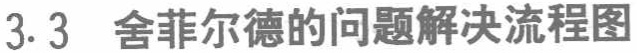
3.3 舍菲尔德的问题解决流程图